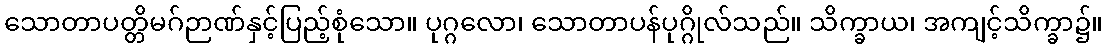
သောတာပတ္တိမဂ်ဉာဏ်နှင့်ပြည့်စုံသော။ ပုဂ္ဂလော၊ သောတာပန်ပုဂ္ဂိုလ်သည်။ သိက္ခာယ၊ အကျင့်သိက္ခာ၌။